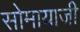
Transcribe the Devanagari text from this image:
सोमायाजी